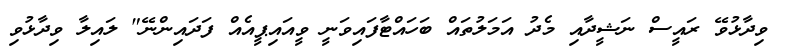
ވިދާޅުވޭ ރައީސް ނަޝީދާއި މެދު އަމަލުތައް ބަހައްޓާފައިވަނީ ވީއައިޕީއެއް ފަދައިންނޭ" ލައިލާ ވިދާޅުވި